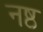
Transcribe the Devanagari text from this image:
नष्ठ